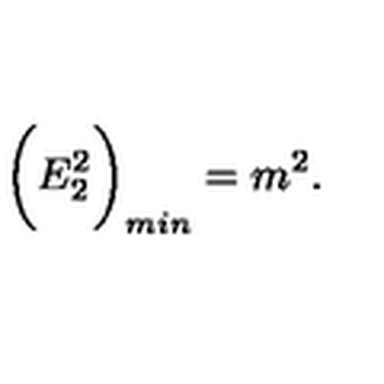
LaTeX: \bigg ( E _ { 2 } ^ { 2 } \bigg ) _ { m i n } = m ^ { 2 } .